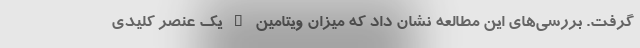
گرفت. بررسی‌های این مطالعه نشان داد که میزان ویتامین D یک عنصر کلیدی